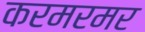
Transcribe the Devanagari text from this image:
करमरमर